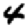
Digit: 4